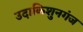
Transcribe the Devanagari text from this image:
उदाकिशुनगंज